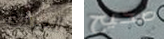
المرفق صحيح